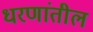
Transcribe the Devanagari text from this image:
धरणांतील